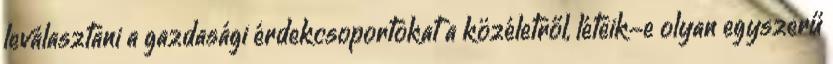
leválasztani a gazdasági érdekcsoportokat a közéletről, léteik-e olyan egyszerű